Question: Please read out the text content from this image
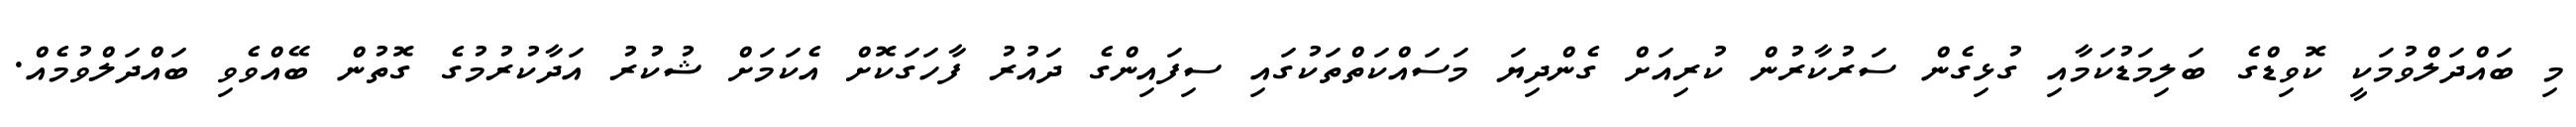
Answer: މި ބައްދަލްވުމަކީ ކޮވިޑްގެ ބަލިމަޑުކަމާއި ގުޅިގެން ސަރުކާރުން ކުރިއަށް ގެންދިޔަ މަސައްކަތްތަކުގައި ސިފައިންގެ ދައުރު ފާހަގަކޮށް އެކަމަށް ޝުކުރު އަދާކުރުމުގެ ގޮތުން ބޭއްވެވި ބައްދަލްވުމެއް.